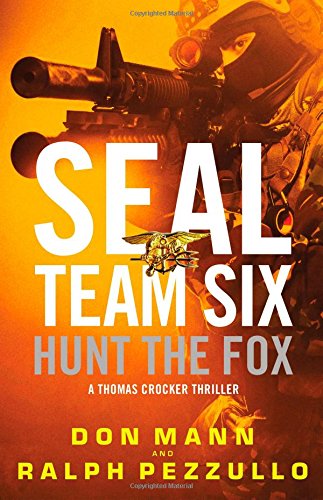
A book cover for SEAL Team Six: Hunt the Fox; Don Mann; Mystery, Thriller & Suspense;